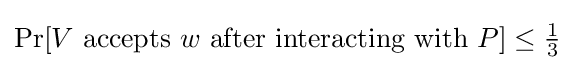
\Pr[V{\text{ accepts }}w{\text{ after interacting with }}P]\leq {\tfrac {1}{3}}